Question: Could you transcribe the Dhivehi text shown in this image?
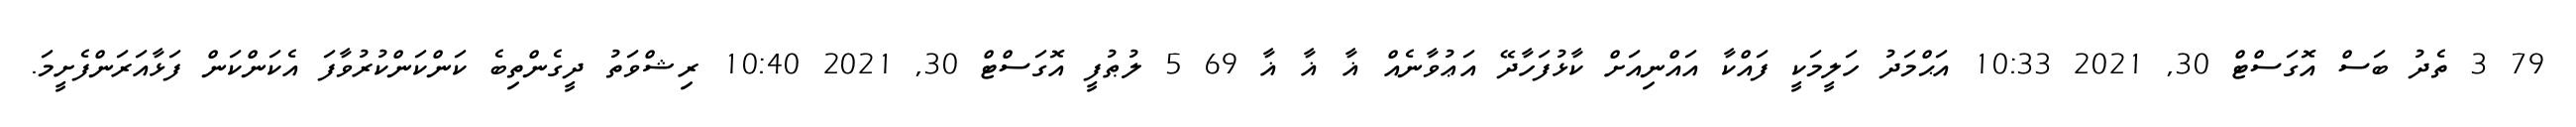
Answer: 79 3 ތެދު ބަސް އޮގަސްޓް 30, 2021 10:33 އަޙްމަދު ހަލީމަކީ ފައްކާ އައްނިއަށް ކާޅުފަހާދޭ އަޢުވާނެއް ޣާ ޣާ ޣާ 69 5 ލުޠުފީ އޮގަސްޓް 30, 2021 10:40 ރިޝްވަތު ދީގެންތިބެ ކަންކަންކުރުވާފަ އެކަންކަން ފަޅާއަރަންފެށީމަ.